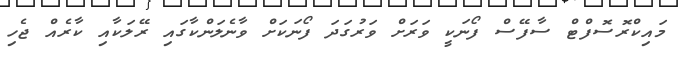
މައިކްރޮސޮފްޓް ސާފޭސް ފޯނަކީ ވަރަށް ވަރުގަދަ ފޯނަކަށް ވާނެލަންކާގައި ރޭލަކާއި ކާރެއް ޖެހި